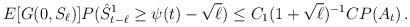
LaTeX: \begin{align*}E[ G(0,S_\ell)] P(\hat{S}^1_{t-\ell} \ge \psi(t) - \sqrt{\ell}) \le C_1 (1+\sqrt{\ell})^{-1} C P(A_t) \,.\end{align*}